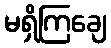
မရှိကြချေ